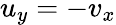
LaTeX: u_{y}=-v_{x}